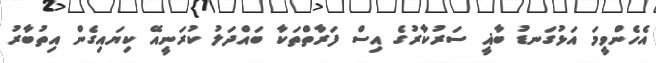
އެހެންވީމަ އަޅުގަނޑު ބާޣީ ސަރުކާރުގެ އިސް ފަރާތްތަކާ ބައްދަލު ކުރަނީއޭ ކިޔައިގެން އިތުބާރު